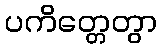
ပကိတ္တေတွာ